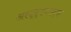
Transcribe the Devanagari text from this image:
अस्द्द्फ्कस्द्फ